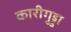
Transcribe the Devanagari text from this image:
कारीगुड्डा